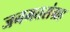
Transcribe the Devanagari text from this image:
जनमतसंग्रह